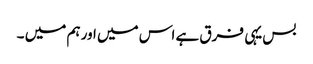
بس یہی فرق ہے اس میں اور ہم میں ۔